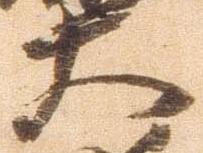
大